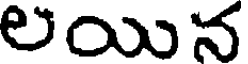
లయిన